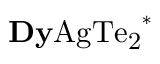
\mathrm { { \bf D y } A g T e _ { 2 } } ^ { * }